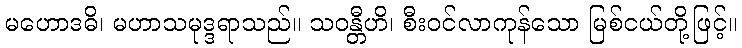
မဟောဒဓိ၊ မဟာသမုဒ္ဒရာသည်။ သဝန္တီဟိ၊ စီးဝင်လာကုန်သော မြစ်ငယ်တို့ဖြင့်။